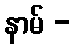
နာမ် -